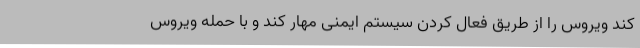
کند ویروس را از طریق فعال کردن سیستم ایمنی مهار کند و با حمله ویروس